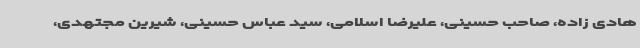
هادی زاده، صاحب حسینی، علیرضا اسلامی، سید عباس حسینی، شیرین مجتهدی،